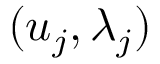
( u _ { j } , \lambda _ { j } )